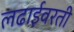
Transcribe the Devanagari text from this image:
लढाईवरती